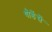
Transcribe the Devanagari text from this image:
थोडेंसें